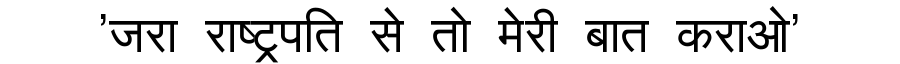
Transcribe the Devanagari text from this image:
'जरा राष्ट्रपति से तो मेरी बात कराओ'